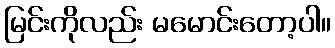
မြင်းကိုလည်း မမောင်းတော့ပါ။